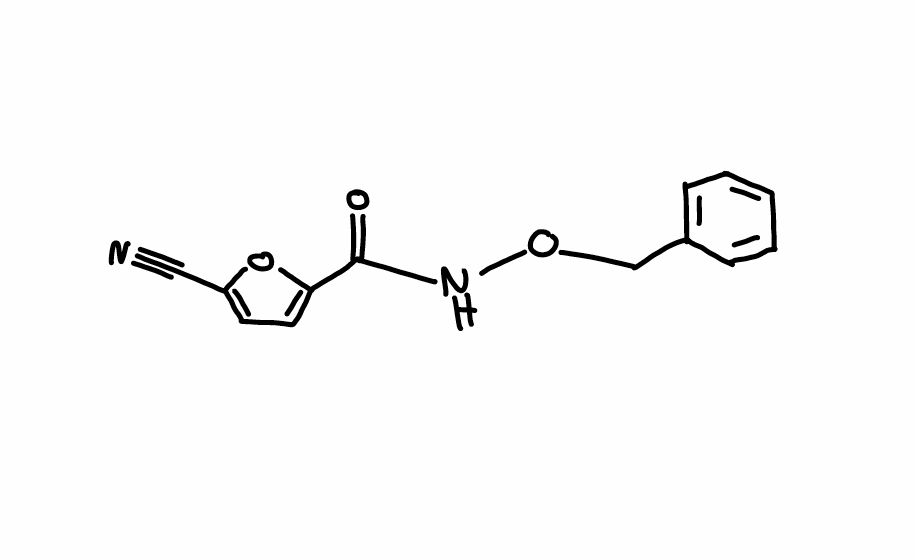
Simplified molecular-input line-entry system (SMILES) notation of the given molecule:
C1=CC=C(C=C1)CONC(=O)C2=CC=C(O2)C#N